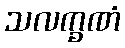
သလက္ခဏံ